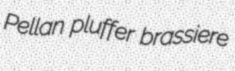
Pellan pluffer brassiere